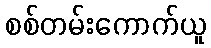
စစ်တမ်းကောက်ယူ